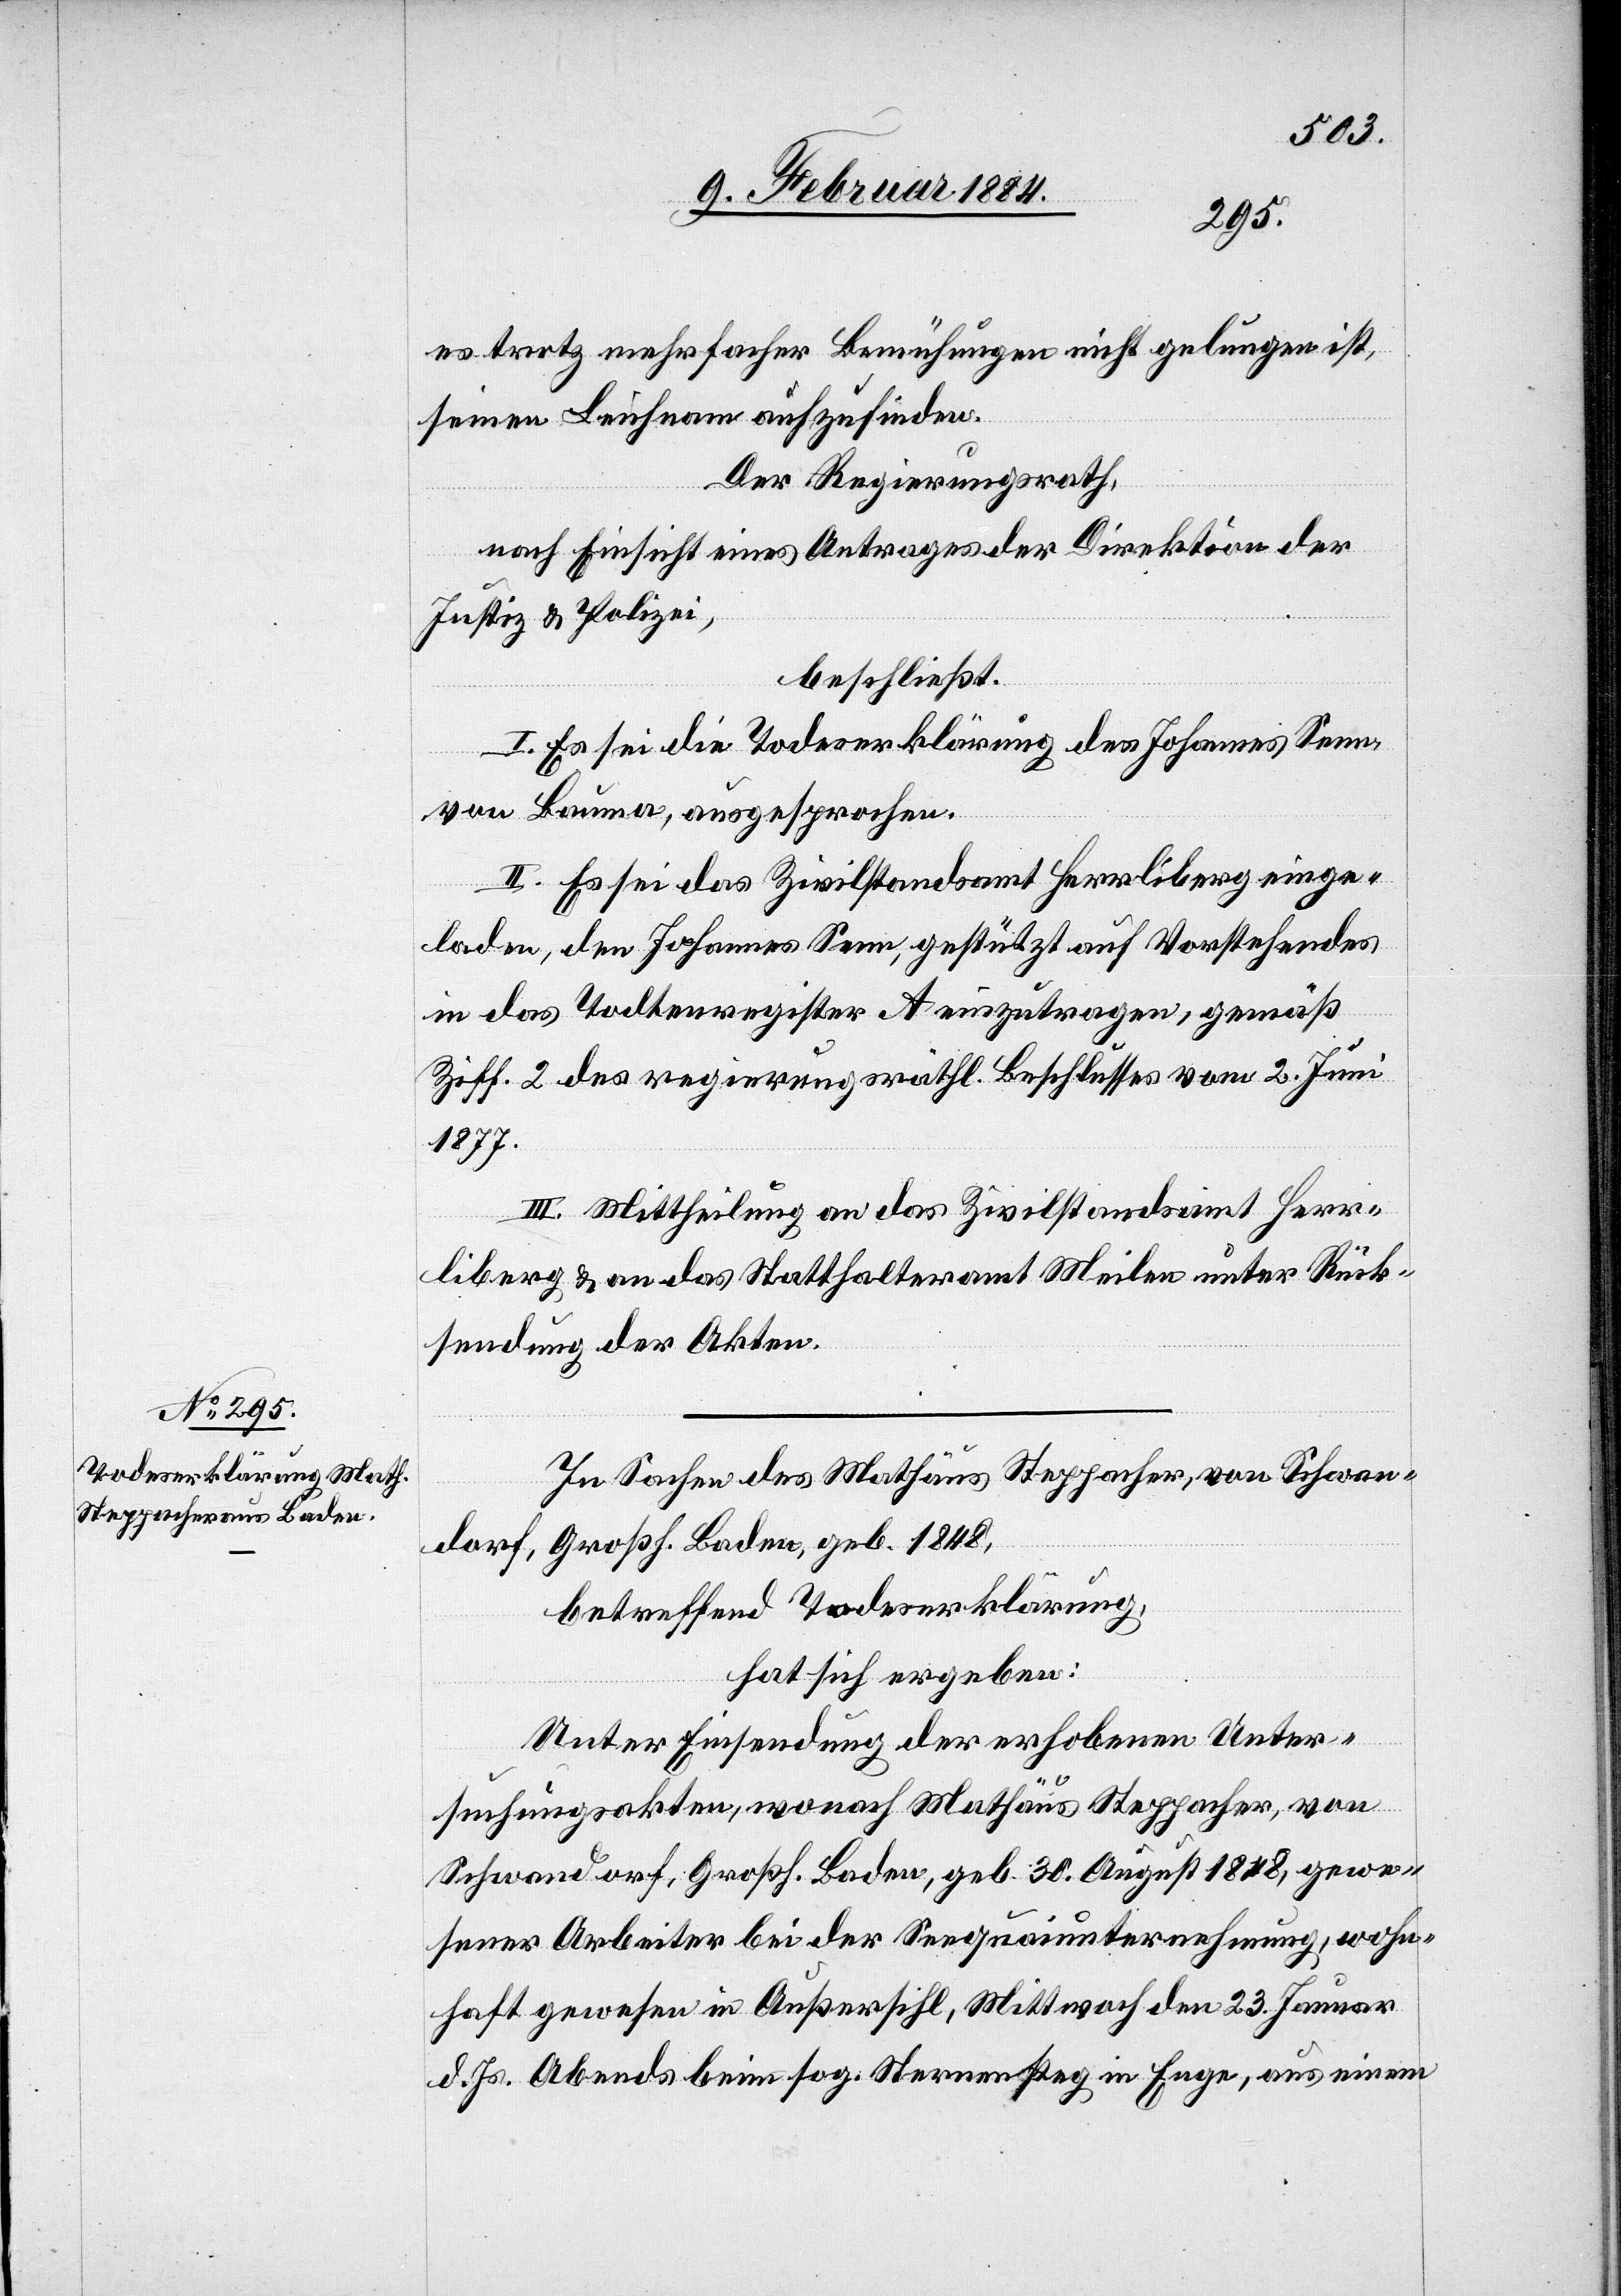
es trotz mehrfacher Bemühungen nicht gelungen ist,
seinen Leichnam aufzufinden.
Der Regierungsrath,
nach Einsicht eines Antrages der Direktion der
Justiz & Polizei,
beschließt:
I. Es sei die Todeserklärung des Johannes Senn,
von Bauma, ausgesprochen.
II. Es sei das Zivilstandsamt Herrliberg einge¬
laden, den Johannes Senn, gestützt auf Vorstehendes
in das Todtenregister A einzutragen, gemäß
Ziff. 2 des regierungsräthl. Beschlusses vom 2. Juni
1877.
III. Mittheilung an das Zivilstandesamt Herr¬
liberg & an das Statthalteramt Meilen unter Rück¬
sendung der Akten.
In Sachen des Mathäus Steppacher, von Schwan¬
dorf, Großh. Baden, geb. 1848,
betreffend Todeserklärung,
hat sich ergeben:
Unter Einsendung der erhobenen Unter¬
suchungsakten, wonach Mathäus Steppacher, von
Schwandorf, Großh. Baden, geb. 30. August 1848, gewe¬
sener Arbeiter bei der Seequaiunternehmung, wohn¬
haft gewesen in Außersihl, Mittwoch den 23. Januar
d. Js. Abends beim sog. Sternensteg in Enge, aus einem